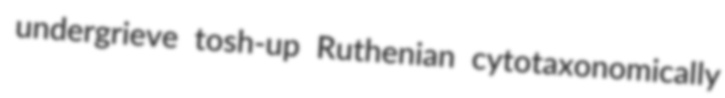
undergrieve tosh-up Ruthenian cytotaxonomically